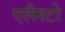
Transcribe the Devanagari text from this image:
एलैस्टो